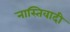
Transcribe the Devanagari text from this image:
नास्तिवादी